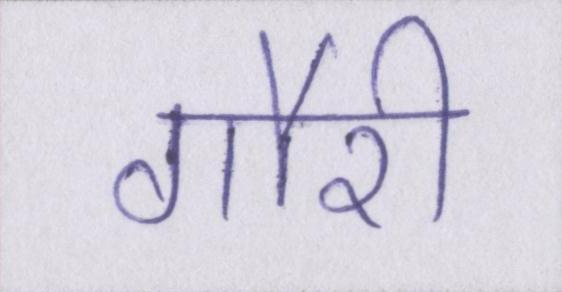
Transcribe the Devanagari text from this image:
गौरी